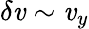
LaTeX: \delta\mathit{v}\sim\mathit{v}_{y}